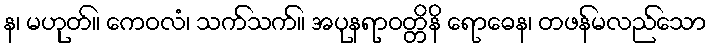
န၊ မဟုတ်။ ကေဝလံ၊ သက်သက်။ အပုနရာဝတ္တိနိ ရောဓေန၊ တဖန်မလည်သော